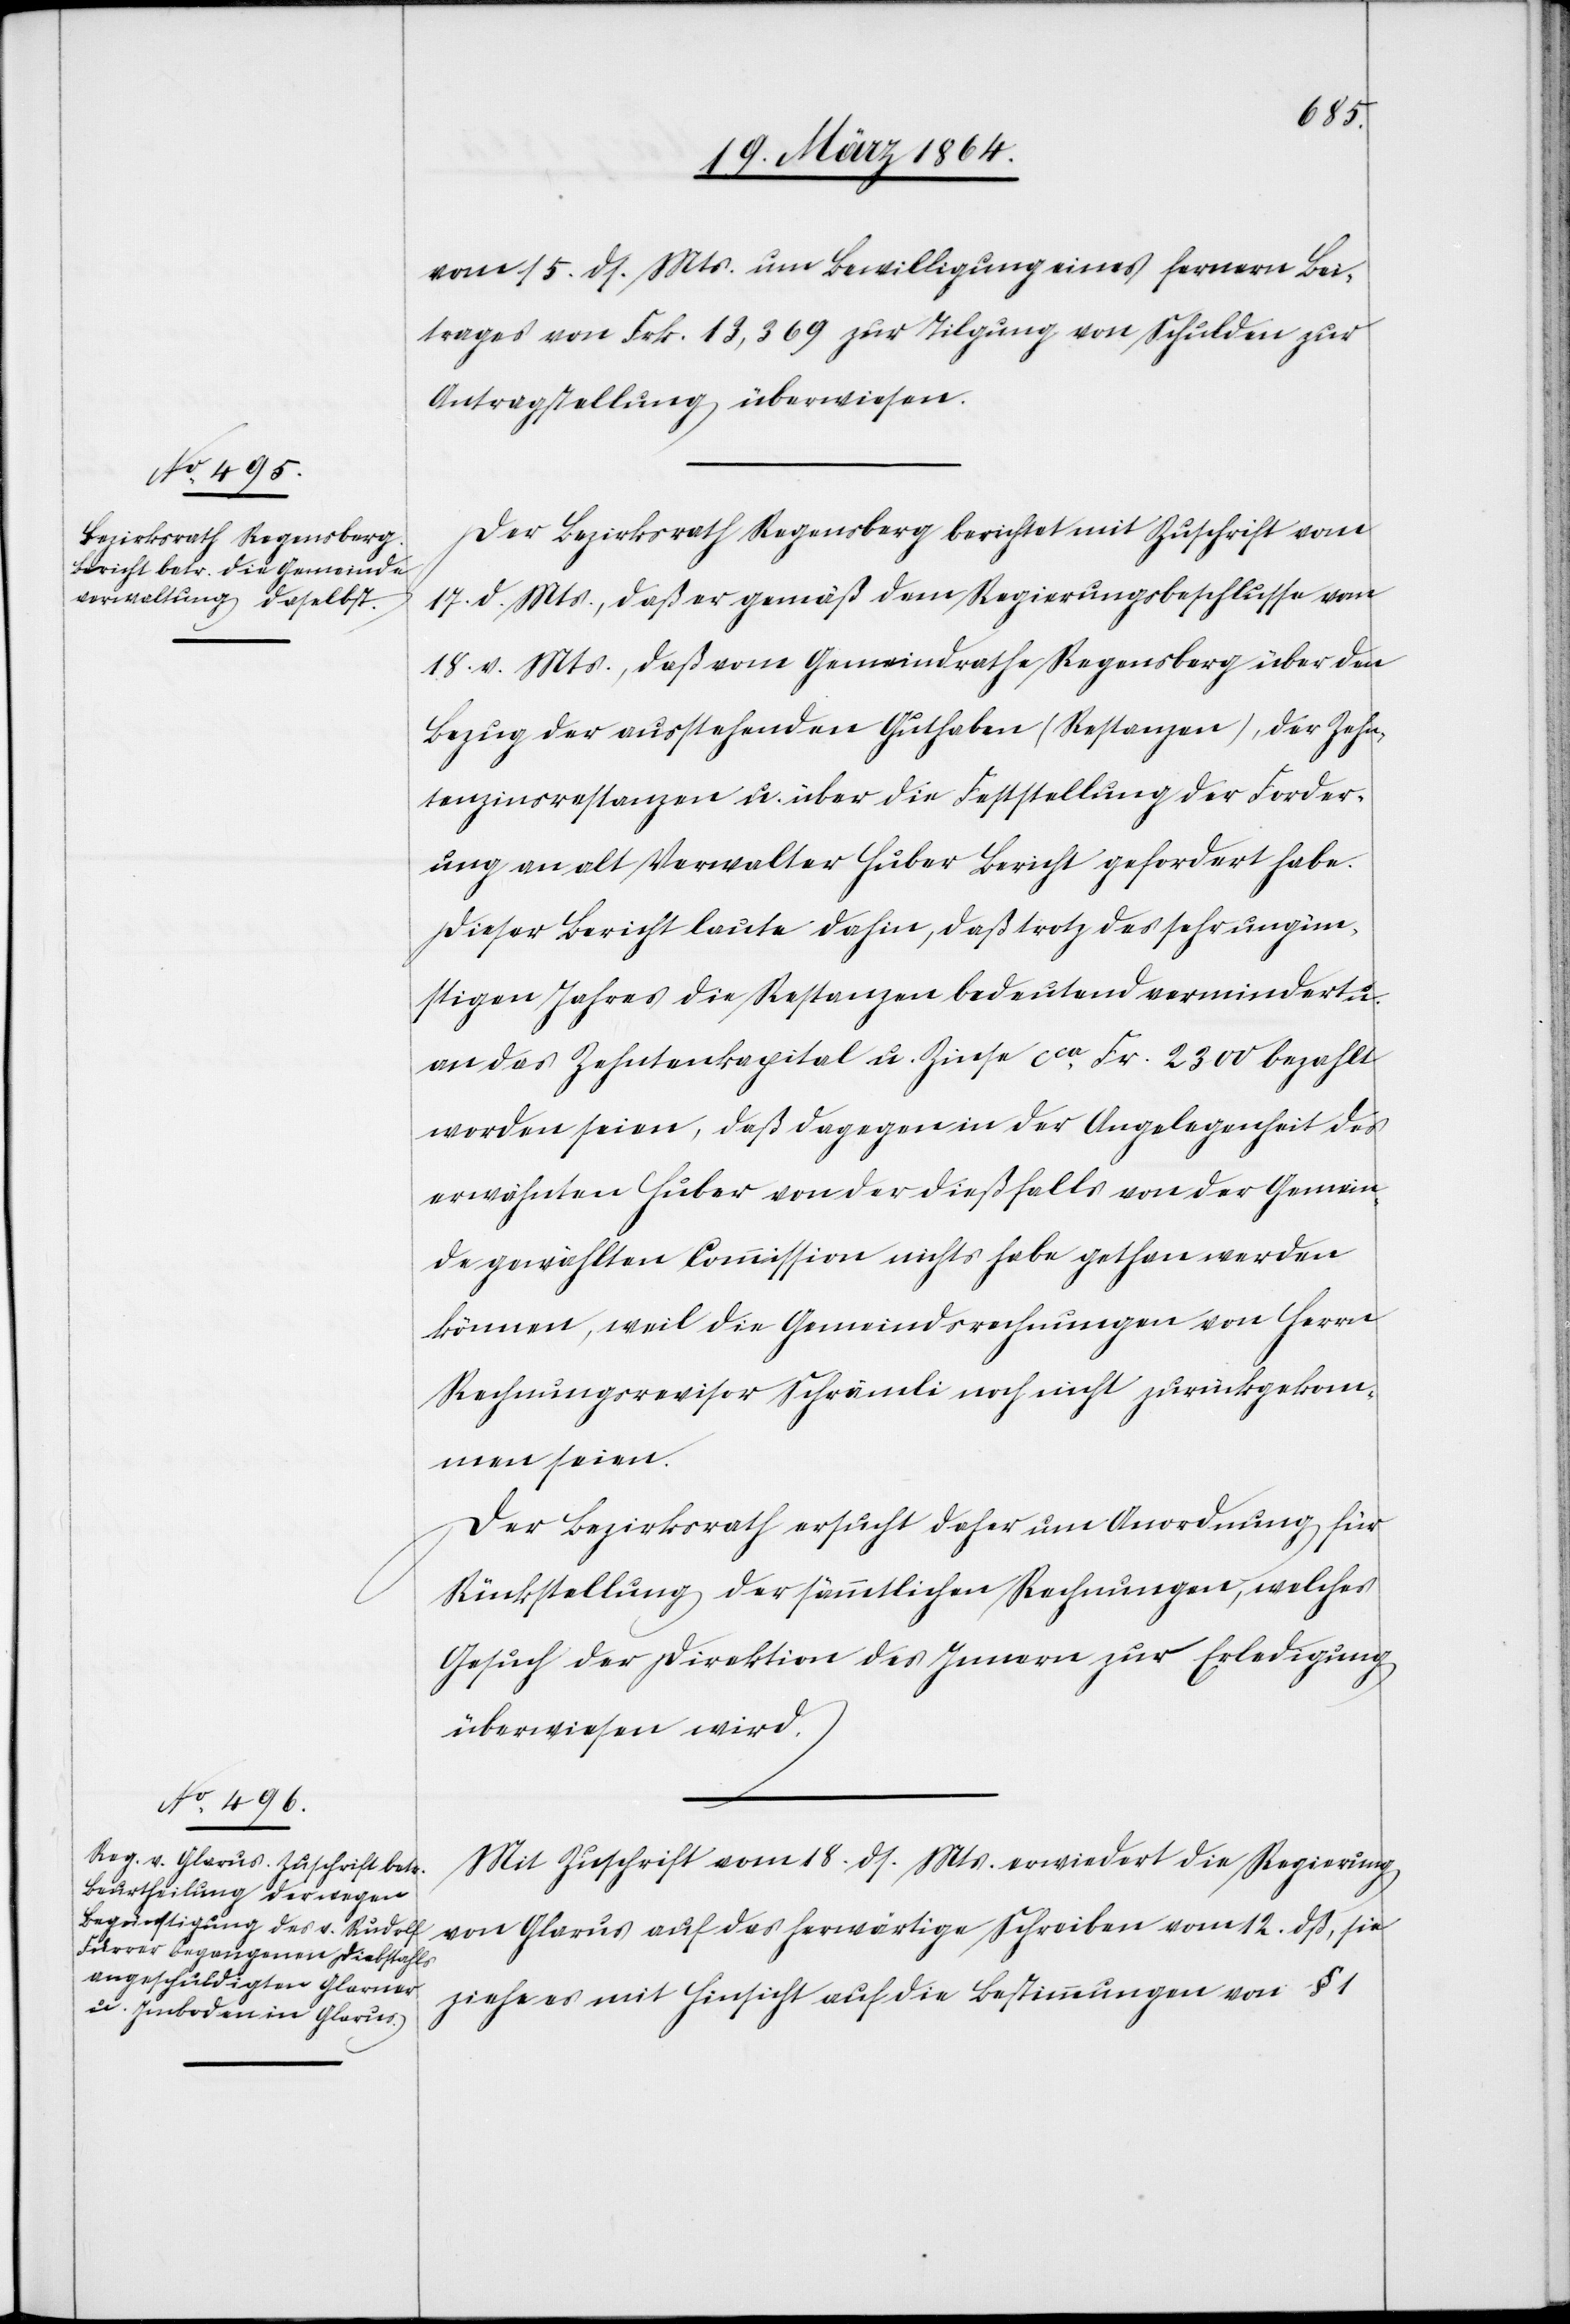
21. März 1864.]
vom 15. ds. Mts. um Bewilligung eines fernern Bei¬
trages von Frk. 13,369 zur Tilgung von Schulden zur
Antragstellung überwiesen.
Der Bezirksrath Regensberg berichtet mit Zuschrift vom
17. d. Mts., daß er gemäß dem Regierungsbeschlusse vom
18. v. Mts., daß vom Gemeinderathe Regensberg über den
Bezug der ausstehenden Guthaben (Restanzen), der Zehn¬
tenzinsrestanzen u. über die Feststellung der Forder¬
ungen an alt Verwalter Huber Bericht gefordert habe.
Dieser Bericht laute dahin, daß trotz des sehr ungün¬
stigen Jahres die Restanzen bedeutend vermindert u.
an das Zehntenkapital u. Zinse cca Fr. 2300 bezahlt
worden seien, daß dagegen in der Angelegenheit des
erwähnten Huber von der dießfalls von der Gemein¬
de gewählten Commission nichts habe gethan werden
können, weil die Gemeindsrechnungen von Herrn
Rechnungsrevisor Schrämli noch nicht zurückgekom¬
men seien.
Der Bezirksrath ersucht daher um Anordnung für
Rückstellung der sämmtlichen Rechnungen, welches
Gesuch der Direktion des Innern zur Erledigung
überwiesen wird.
Mit Zuschrift vom 18. ds. Mts. erwiedert die Regierung
von Glarus auf das herwärtige Schreiben vom 12. dß, sie
ziehe es mit Hinsicht auf die Bestimmungen von § 1